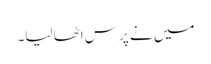
میں نے پرس اٹھا لیا۔